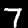
Label: 7